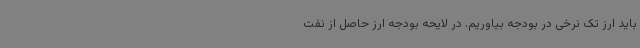
باید ارز تک نرخی در بودجه بیاوریم. در لایحه بودجه ارز حاصل از نفت